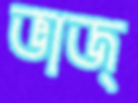
ভাজ্‌